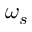
\omega _ { s }